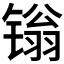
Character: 𬭩